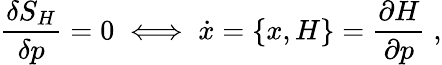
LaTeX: \frac{\delta S_{H}}{\delta p}=0\; \Longleftrightarrow\; \dot{x}=\{ x,H\} =\frac{\partial H}{\partial p}\; ,